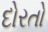
દોરતો